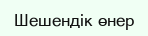
Шешендік өнер